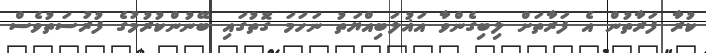
ކުރާ ފަރާތުން އެ ފަރާތަށް ލިބިގެންވާ އަޣުލަބިއްޔަތު ނަހަމަ ގޮތުގައި ބޭނުންކުރުމުގެ ފުރުސަތުވެސް